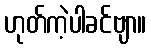
ဟုတ်ကဲ့ပါခင်ဗျာ။